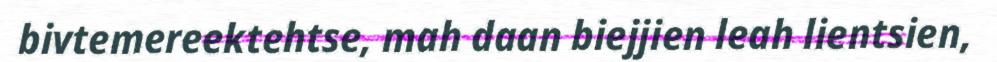
bivtemereektehtse, mah daan biejjien leah lientsien,